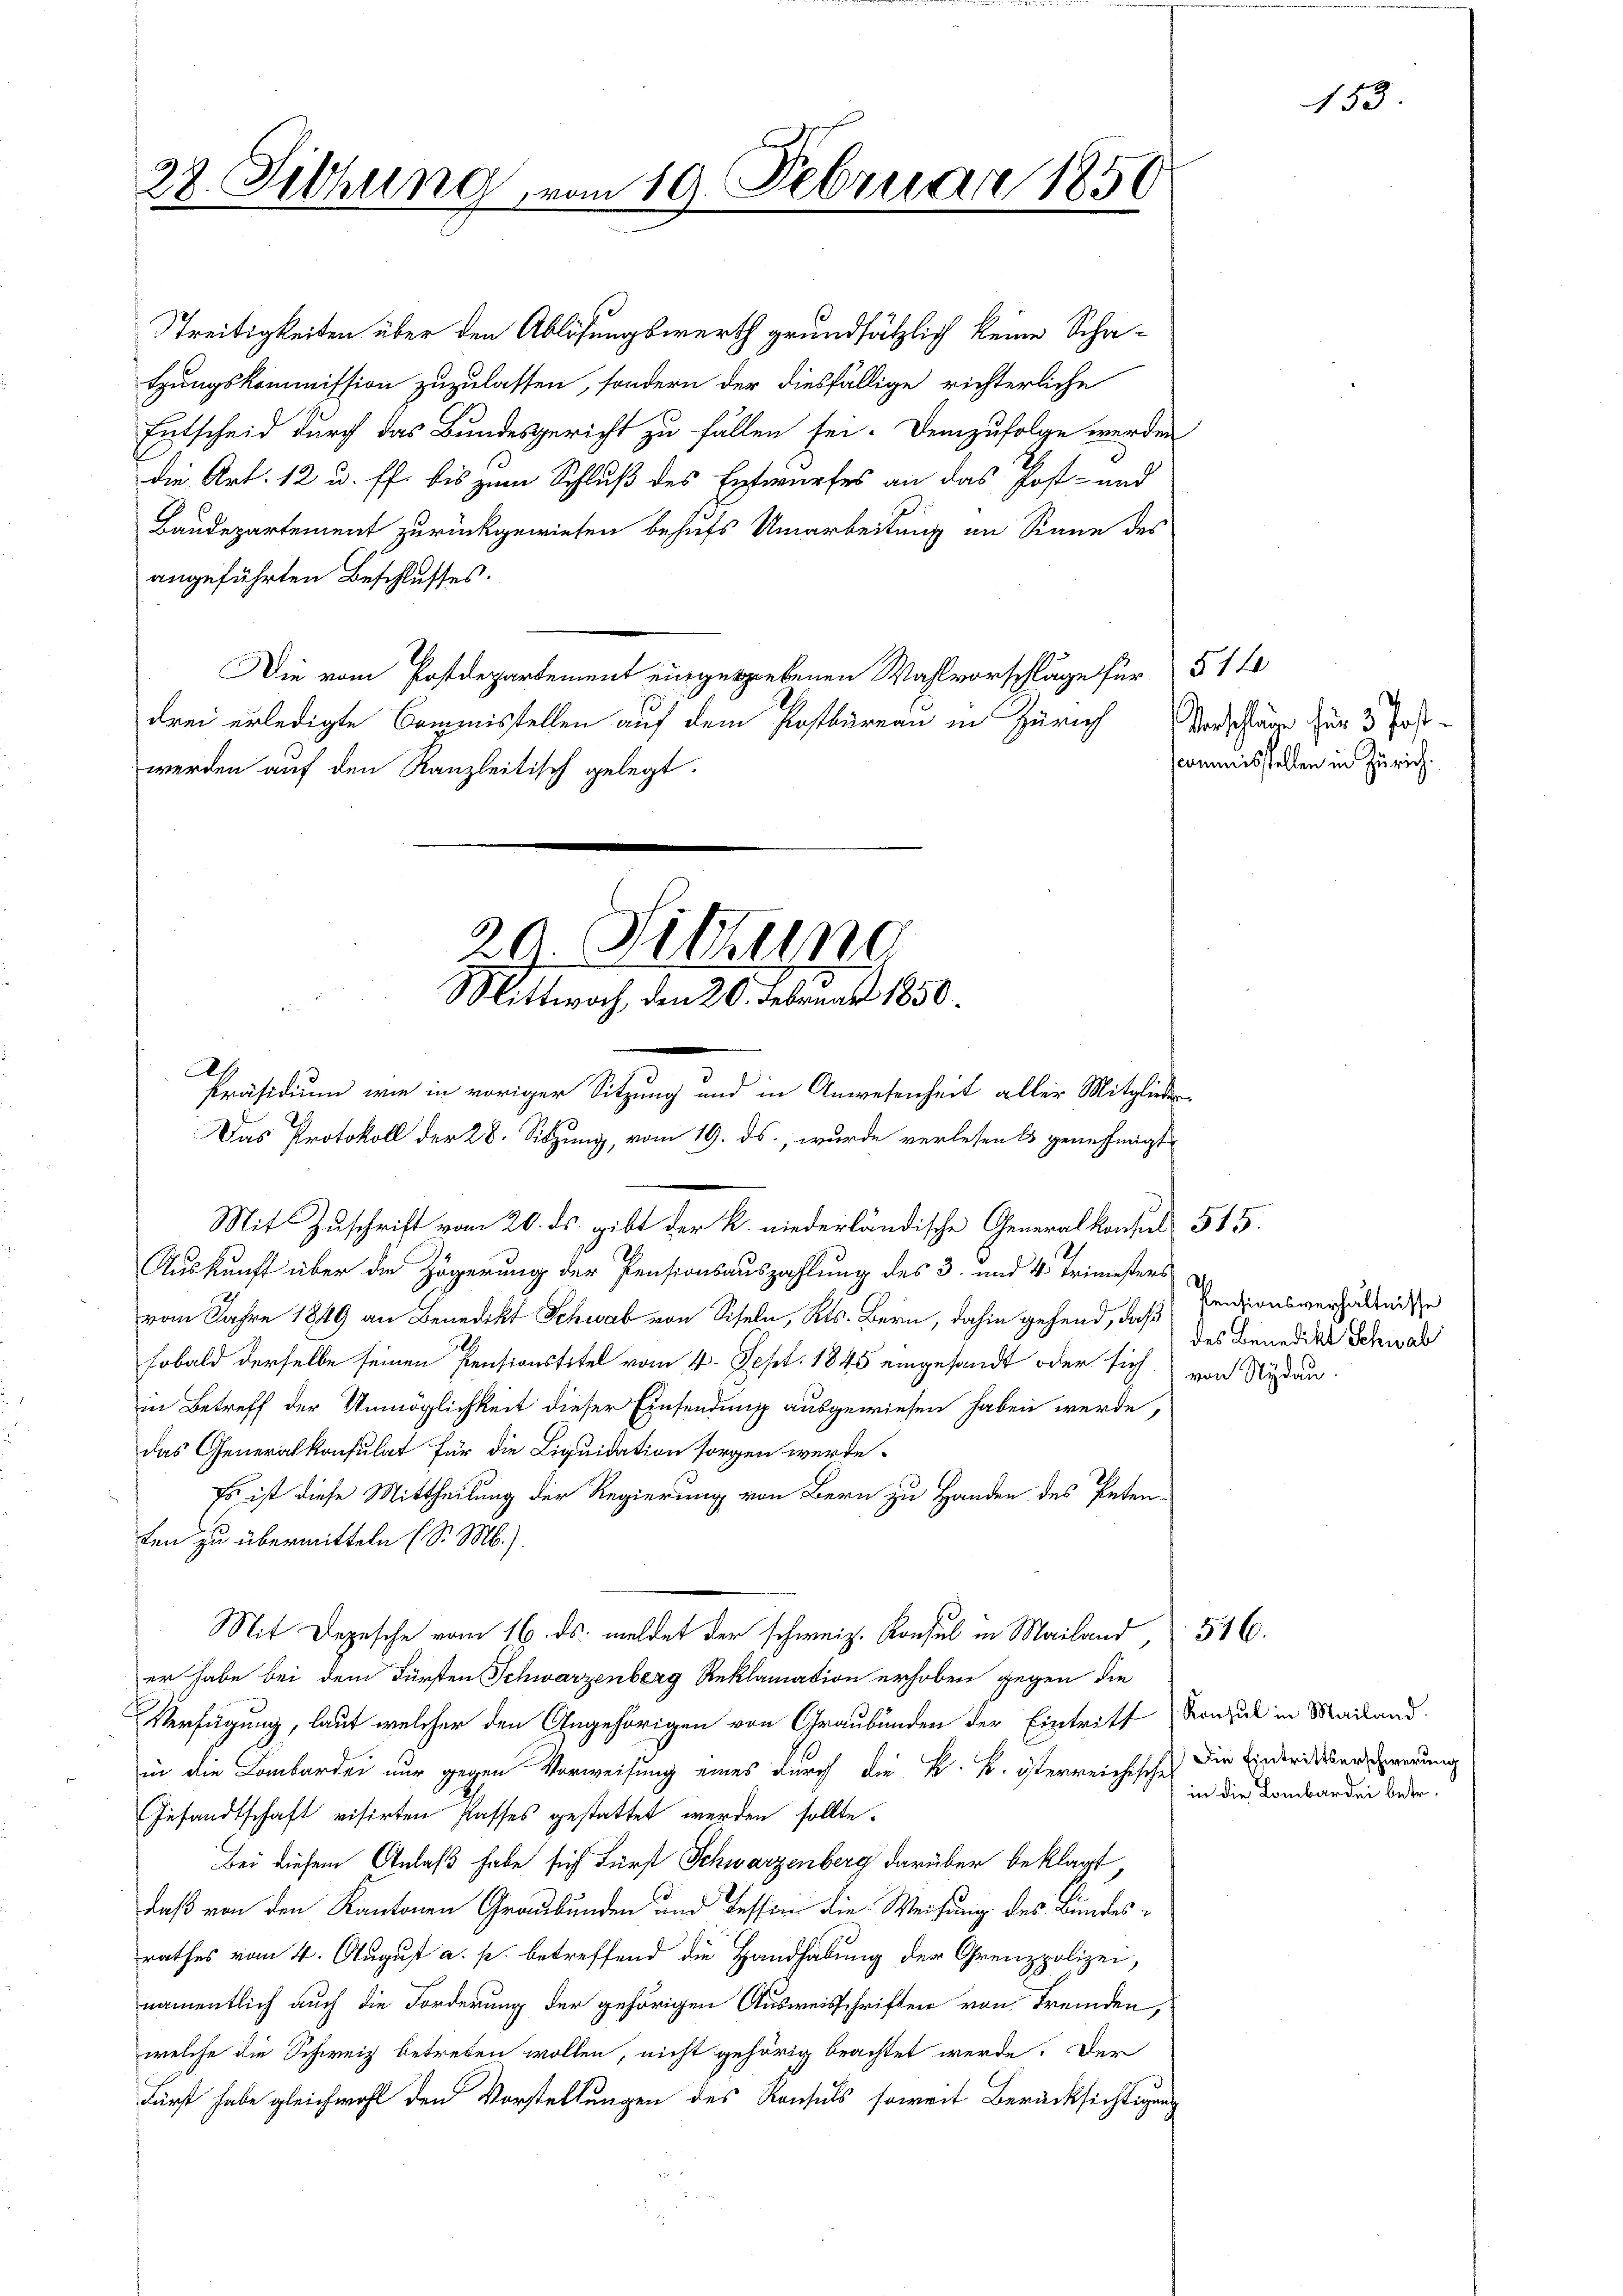
28. Sitzung vom 19. Februar 1850
.

Präsidium wie in voriger Sitzung und in Anwesenheit aller Mitglieder
Das Protokoll der 28. Sitzung, vom 19. ds., wurde verlesen es geanfrägt
Mit Zuschrift vom 20. ds. gibt der k. niederländische Generalkonsul 515.

Streitigkeiten über den Ablösungswerth grundsätzlich keine Schatzungskommission zuzulassen, sondern der diesfällige richterliche
Entscheid durch das Bundesgericht zu fällen sei. Demzufolge werden
die Art. 12 u. ff. bis zum Schluß des Entwurfes an das Post- und
Baudepartement zurückgewiesen behufs Umarbeitung im Sinne des
angeführten Beschlusses.
Die vom Postdepartement eingegebenen Wahlvorschläge für § 1 f
drei erledigte Commisstellen auf dem Postbureau in Zürich
werden auf den Kanzleitisch gelegt.

29. Sitzung
Mittwoch, den 20. Februar 1850.

Auskunft über die Zögerung der Pensionsauszahlung des 3. und 4. Trimesters
vom Jahre 1849 an Benedikt Schwab von Siseln, Kts. Bern, dahin gehend, daß
sobald derselbe seinen Pensionstitel vom 4. Sept. 1845 eingesandt oder sich von Nydau-
in Betreff der Unmöglichkeit dieser Einsendung ausgewiesen haben werde,
das Generalkonsulat für die Liquidation sorgen werde.
Es ist diese Mittheilung der Regierung von Bern zu Handen des Peten-
ten zu übermitteln (S. M.)
er habe bei dem Fürsten Schwarzenberg Reklamation erhoben gegen die
Verfügung, laut welcher den Angehörigen von Graubünden der Eintriff Konsul in Mailand.
in die Lombarde nur gegen Vorweisung eines durch die k. k. österreichische
Gesandtschaft visirten Passes gestattet werden sollte.
Bei diesem Anlaß habe sich Fürst Schwarzenberg darüber beklagt
daß von den Kantonen Graubünden und Tession die Weisung des Bundesrathes vom 4. August a. p. betreffend die Handhabung der Grenzpolizei,
namentlich auch die Forderung der gehörigen Ausweisschriften von Fremden,
welche die Schweiz betreten wollen, nicht gehörig beachtet werde. Der
Fürst habe gleichwohl den Vorstellungen des Konsuls soweit Berücksichtigung

Mit Depesche vom 16. ds. meldet der schweiz. Konsul in Mailand,

Verschläge für 3 Post-
scommisstellen in Zürich.

153.

Pensionsverhältnisse
des Benedikt Schnal

516

Die Eintrittserschwerung
in die Lombardei betr.